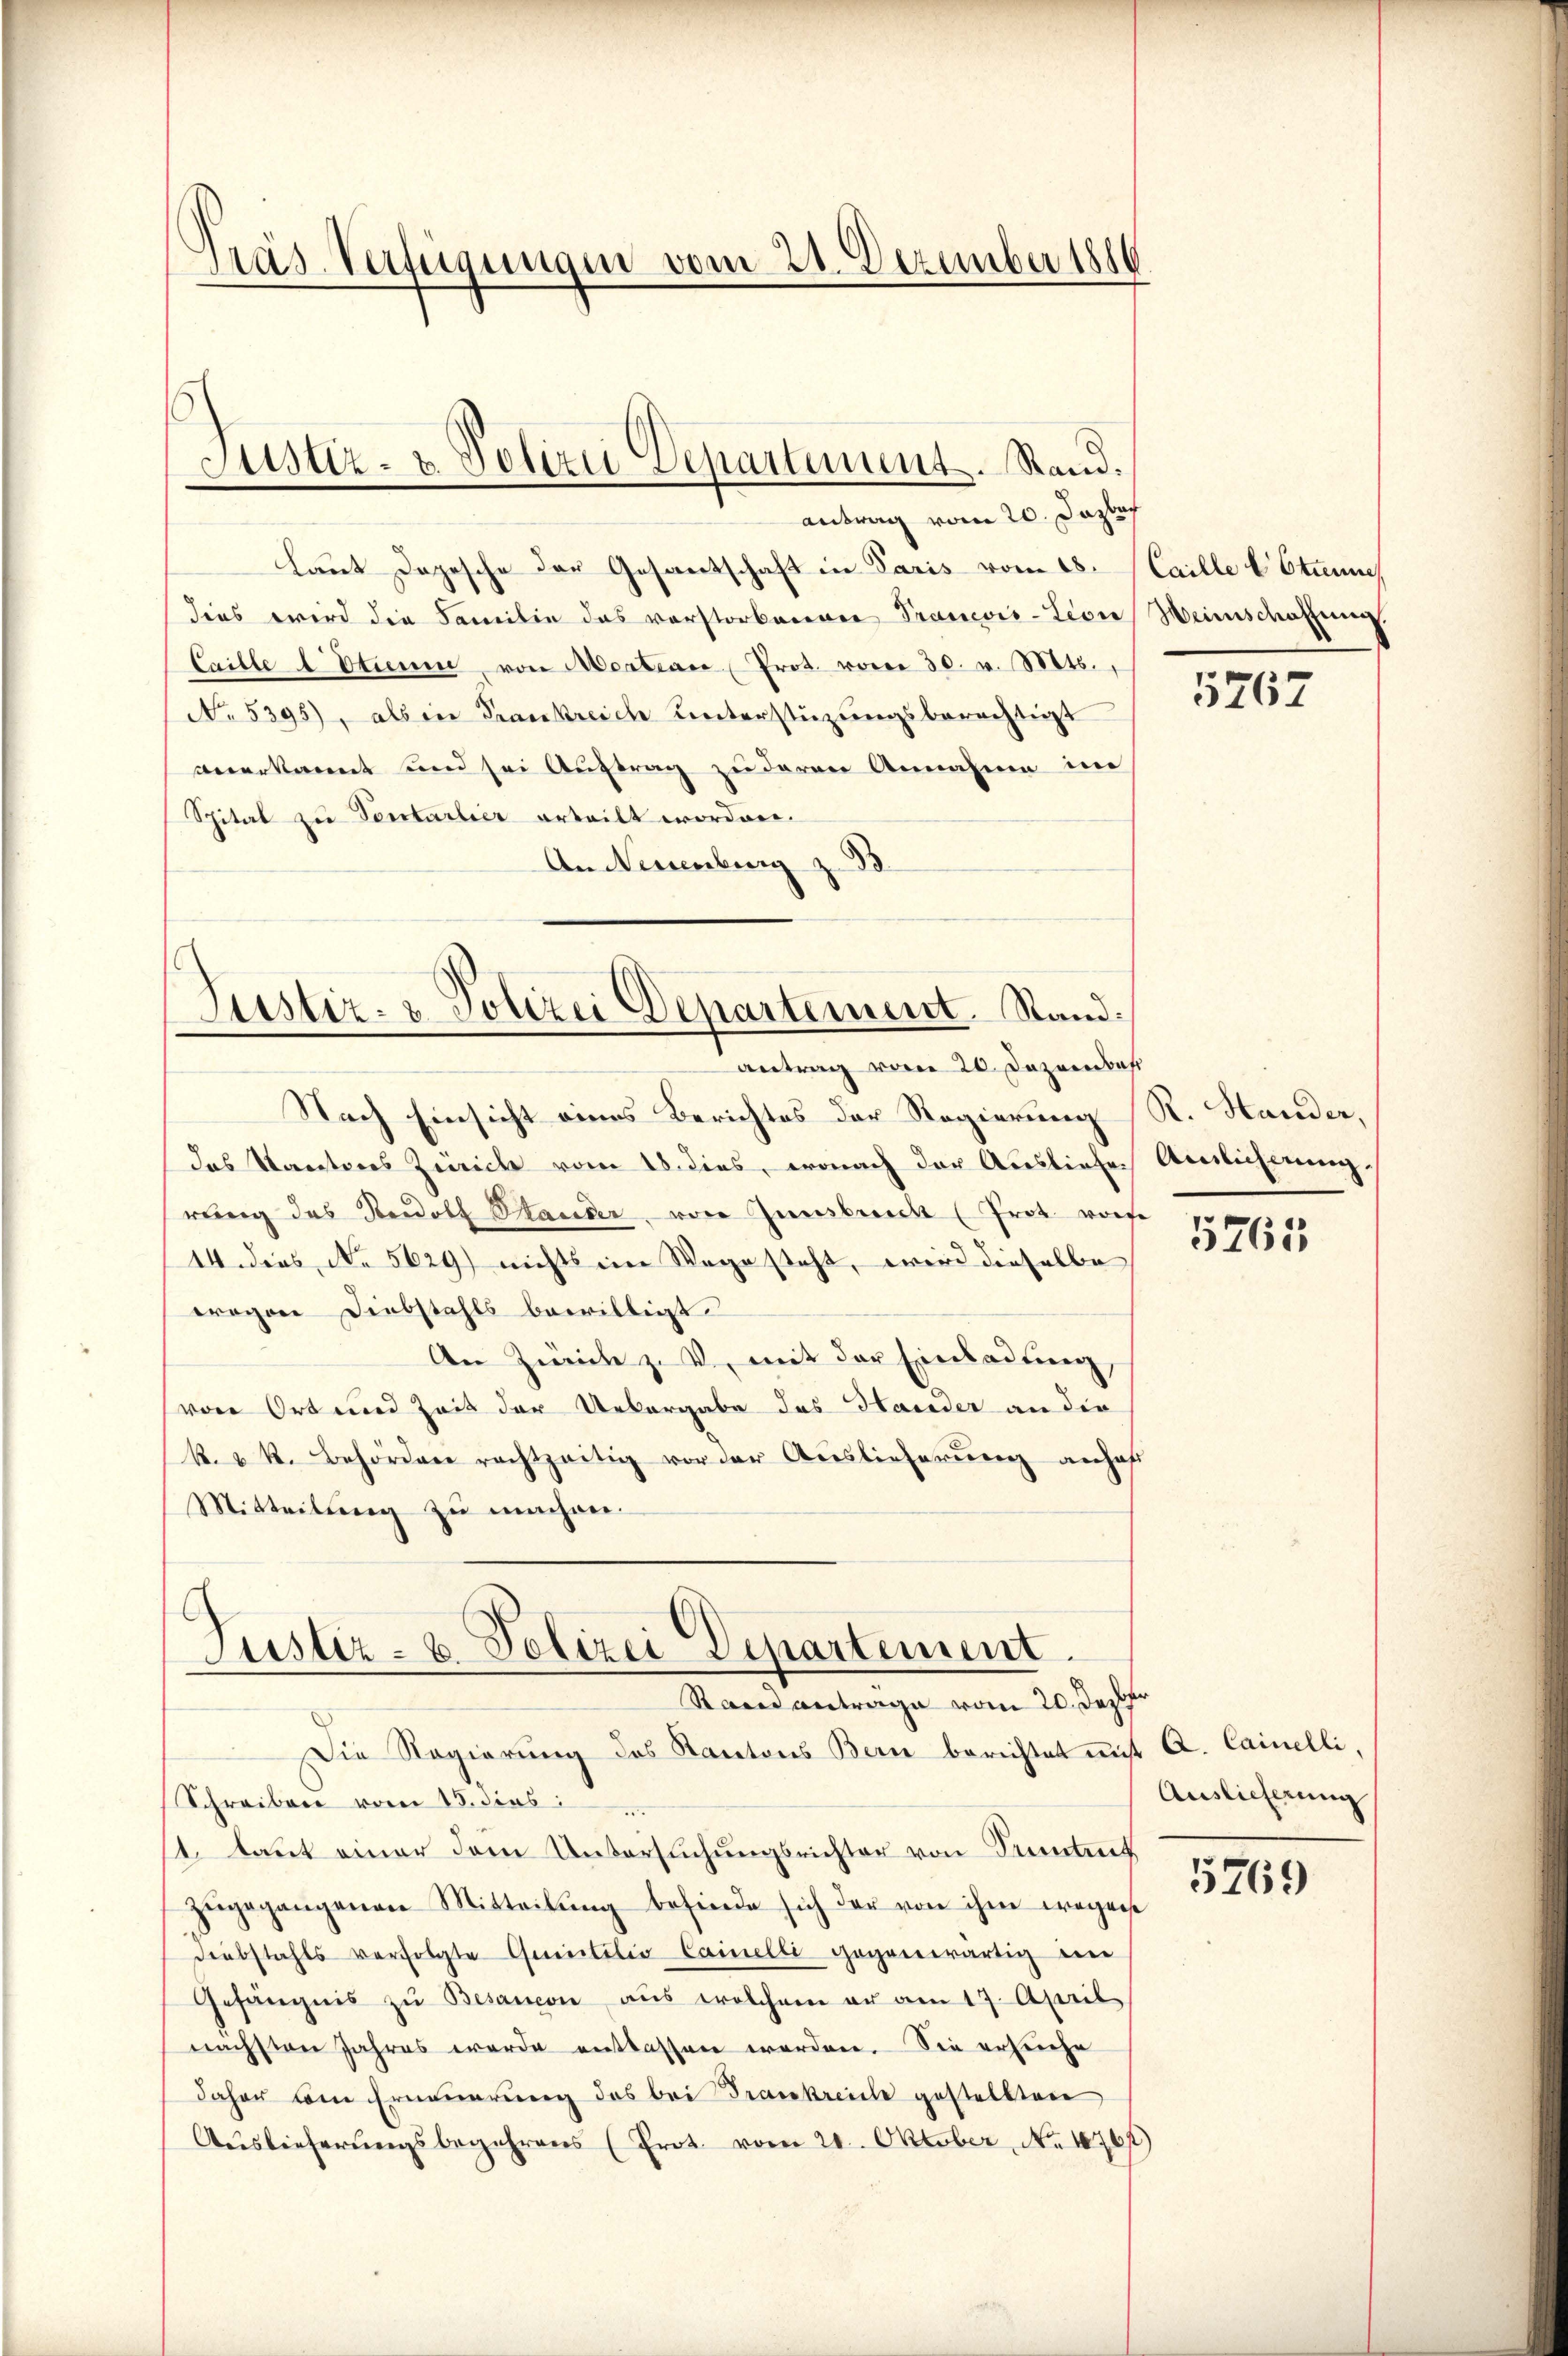
Pras Verfügungen vom 21. Dezember 1816

Laut Depesche der Gesantschaft in Paris vom 18.
dies wird die Familie das vorstorbenen Trancois-Lion Weinschaffnung.
Caille l Otimi, von Montrare Prot. vom 30. v. Mts.,
No 5395), als in Krankreiche unterstüzungsberechtigt
anerkannt und sei Auftrag zu deren Annahme in
Spital zu Ventarlier erteilt worden.
An Neuenburg z. 33.

Justiz- & Polizei Departement. Stand.
antrag vom 20. Dazbach

Justiz- & Polizei Departement. Stand.
antrag vom 20. Dezember

Nach Einsicht eines Berichtes der Regierung (R. Hander,
das Kantores Zürich vom 18. dies, wonach der Ausliefe. Amtlicherung.
rung des Rudolf Stander, von Innsbruch (Frot vorse
14. dies No 5629) nichts im Wege steht, wird dieselbe
erogen Diebstahls bewilligt.
An Zwicke z. V., mit der Einladung
von Ort und Zeit der Uebergabe das Hander an die
k. u. k. Behördere rachtzeitig vor der Auslieferung anhaft
Mitteilung zu machen.

Justiz- & Polizei Departement.
Rand antrage vom 20. Dezbr.

Die Regierung des Kantons Bern berichtet mit A. Cainelli,
Schreiben vom 15. dies
1. laut einer dem Untersuchungsrichter von Seitet
zugegangenen Mitteilung befinde sich der von ihm wegenst
diebstahls verfolgte Grentilio-Camelli gegenwärtig ein
Gefängnis zu Besancon aus welchem er am 17. April
nächsten Jahres werde entlassen werden. Sie ersuche
daher vom Erneuerung des bei Frankreiche gestellten
Auslieferungsbegehrens (Prot. vom 21. Oktober, No. 1876

Caille l. Etienne

5767

5765

Auslieferung

5769